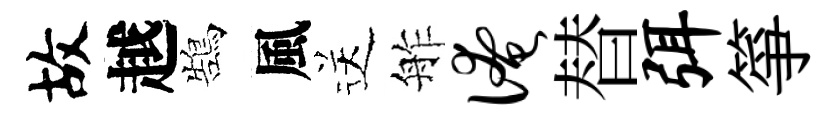
故越鵠風送舴淹替弭箏